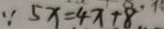
\because 5 x = 4 x + 8 .